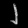
Digit: ၂